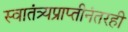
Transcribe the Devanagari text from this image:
स्वातंत्र्यप्राप्तीनंतरही